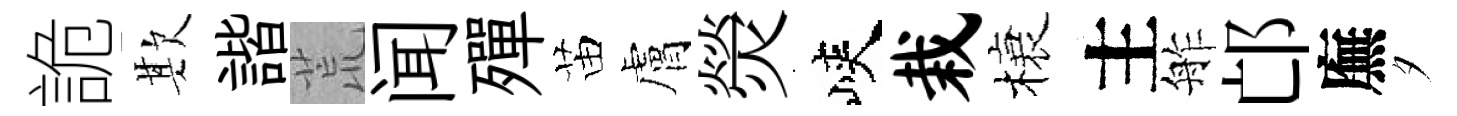
詭欺諧荒闻殫苗膚熒峽栽榱主舴邙廡夕